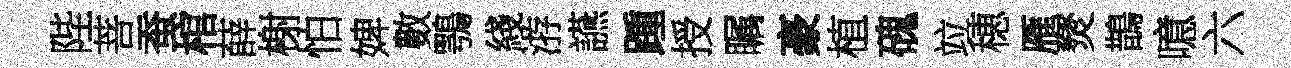
陛菩蚕棺薛榭怕婢數鶚綫㳺讌踵授瞩豪植磈竝穂雁燹鵲噫六